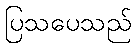
ပြသပေသည်